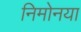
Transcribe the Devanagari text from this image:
निमोनया